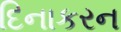
દિનાકરન